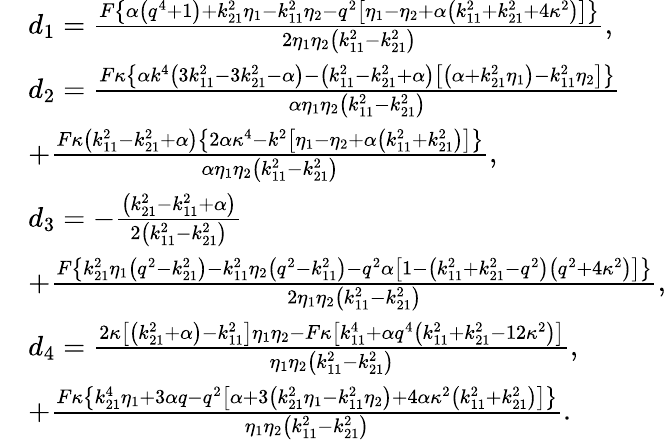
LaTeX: \begin{array}{rl}&{{d_{1}}=\frac{{F\left\{ {\alpha\left({{q^{4}}+1}\right)+k_{21}^{2}{\eta_{1}}-k_{11}^{2}{\eta_{2}}-{q^{2}}\left[{{\eta_{1}}-{\eta_{2}}+\alpha\left({k_{11}^{2}+k_{21}^{2}+4{\kappa^{2}}}\right)}\right]}\right\} }}{{2{\eta_{1}}{\eta_{2}}\left({k_{11}^{2}-k_{21}^{2}}\right)}},}\\ &{{d_{2}}=\frac{{F\kappa\left\{ {\alpha{k^{4}}\left({3k_{11}^{2}-3k_{21}^{2}-\alpha}\right)-\left({k_{11}^{2}-k_{21}^{2}+\alpha}\right)\left[{\left({\alpha+k_{21}^{2}{\eta_{1}}}\right)-k_{11}^{2}{\eta_{2}}}\right]}\right\} }}{{\alpha{\eta_{1}}{\eta_{2}}\left({k_{11}^{2}-k_{21}^{2}}\right)}}}\\ &{+\frac{{F\kappa\left({k_{11}^{2}-k_{21}^{2}+\alpha}\right)\left\{ {2\alpha{\kappa^{4}}-{k^{2}}\left[{{\eta_{1}}-{\eta_{2}}+\alpha\left({k_{11}^{2}+k_{21}^{2}}\right)}\right]}\right\} }}{{\alpha{\eta_{1}}{\eta_{2}}\left({k_{11}^{2}-k_{21}^{2}}\right)}},}\\ &{d_{3}=-\frac{{\left({k_{21}^{2}-k_{11}^{2}+\alpha}\right)}}{{2\left({k_{11}^{2}-k_{21}^{2}}\right)}}}\\ &{+\frac{{F\left\{ {k_{21}^{2}{\eta_{1}}\left({{q^{2}}-k_{21}^{2}}\right)-k_{11}^{2}{\eta_{2}}\left({{q^{2}}-k_{11}^{2}}\right)-{q^{2}}\alpha\left[{1-\left({k_{11}^{2}+k_{21}^{2}-{q^{2}}}\right)\left({{q^{2}}+4{\kappa^{2}}}\right)}\right]}\right\} }}{{2{\eta_{1}}{\eta_{2}}\left({k_{11}^{2}-k_{21}^{2}}\right)}},}\\ &{{d_{4}}=\frac{{2\kappa\left[{\left({k_{21}^{2}+\alpha}\right)-k_{11}^{2}}\right]{\eta_{1}}{\eta_{2}}-F\kappa\left[{k_{11}^{4}+\alpha{q^{4}}\left({k_{11}^{2}+k_{21}^{2}-12{\kappa^{2}}}\right)}\right]}}{{{\eta_{1}}{\eta_{2}}\left({k_{11}^{2}-k_{21}^{2}}\right)}},}\\ &{+\frac{{F\kappa\left\{ {k_{21}^{4}{\eta_{1}}+3\alpha q-{q^{2}}\left[{\alpha+3\left({k_{21}^{2}{\eta_{1}}-k_{11}^{2}{\eta_{2}}}\right)+4\alpha{\kappa^{2}}\left({k_{11}^{2}+k_{21}^{2}}\right)}\right]}\right\} }}{{{\eta_{1}}{\eta_{2}}\left({k_{11}^{2}-k_{21}^{2}}\right)}}.}\end{array}